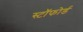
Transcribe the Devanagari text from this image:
स्टॉफोर्ड